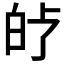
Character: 𤽗